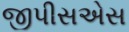
જીપીસએસ